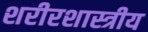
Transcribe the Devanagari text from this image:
शरीरशास्त्रीय